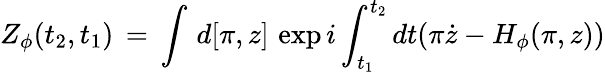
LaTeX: Z_{\phi}(t_{2},t_{1})\, =\, \int\, d[\pi,z]\, \exp i\int_{t_{1}}^{t_{2}}dt(\pi\dot{z}-H_{\phi}(\pi,z))